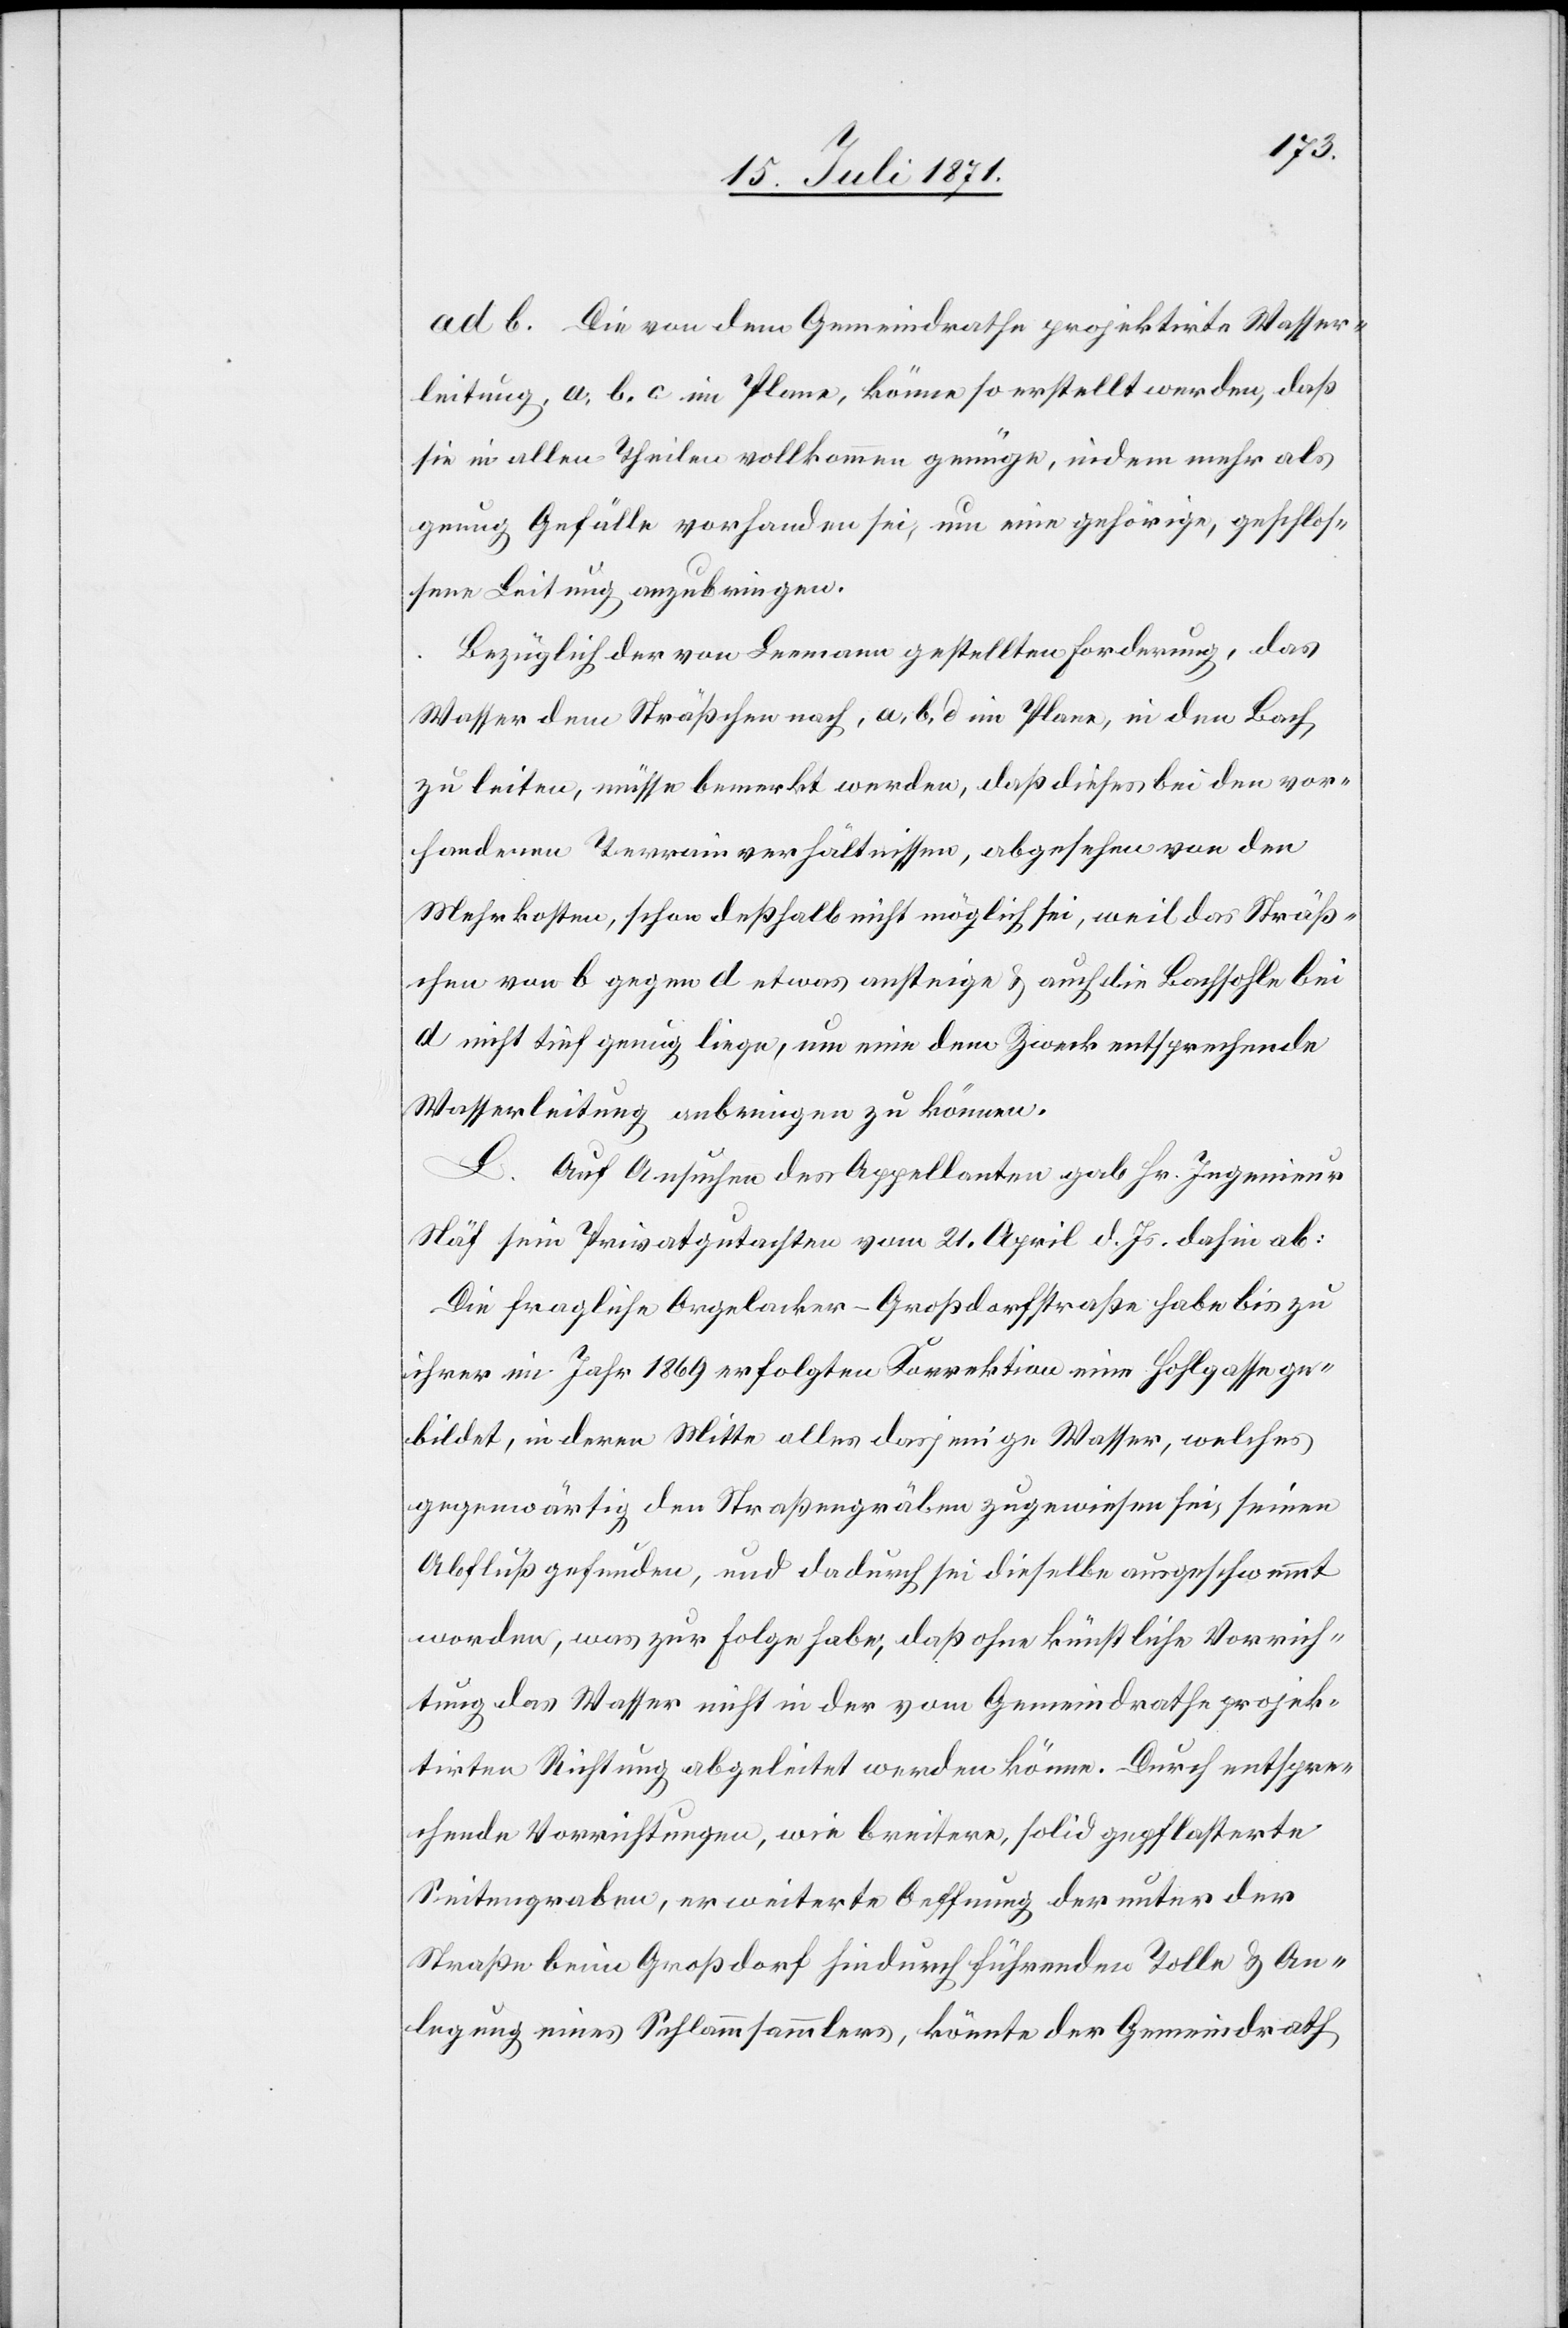
ad b. Die von dem Gemeindrathe projektirte Wasser¬
leitung, a, b, c im Plane, könne so erstellt werden, daß
sie in allen Theilen vollkommen genüge, indem mehr als
genug Gefälle vorhanden sei, um eine gehörige, geschlos¬
sene Leitung anzubringen.
Bezüglich der von Leemann gestellten Forderung, das
Wasser dem Sträßchen nach, a, b, d im Plane, in den Bach
zu leiten, müsse bemerkt werden, daß dieses bei den vor¬
handenen Terrainverhältnissen, abgesehen von den
Mehrkosten, schon deßhalb nicht möglich sei, weil das Sträß¬
chen von b gegen d etwas ansteige, u. auch die Bachsohle bei
d nicht tief genug liege, um eine dem Zweck entsprechende
Wasserleitung anbringen zu können.
L. Auf Ansuchen des Appellanten gab Hr. Ingenieur
Näf sein Privatgutachten vom 21. April d. Js. dahin ab:
Die fragliche Orgelacker-Großdorfstraße habe bis zu
ihrer im Jahr 1869 erfolgten Korrektion eine Hohlgasse ge¬
bildet, in deren Mitte alles dasjenige Wasser, welches
gegenwärtig den Straßengräben zugewiesen sei, seinen
Abfluß gefunden, und dadurch sei dieselbe ausgeschwemmt
worden, was zur Folge habe, daß ohne künstliche Vorrich¬
tung das Wasser nicht in der vom Gemeindrathe projek¬
tirten Richtung abgeleitet werden könne. Durch entspre¬
chende Vorrichtungen, wie breitere, solid gepflasterte
Seitengraben, erweiterte Oeffnung der unter der
Straße beim Großdorf hindurch führenden Tolle u. An¬
legung eines Schlammsammlers, könnte der Gemeindrath